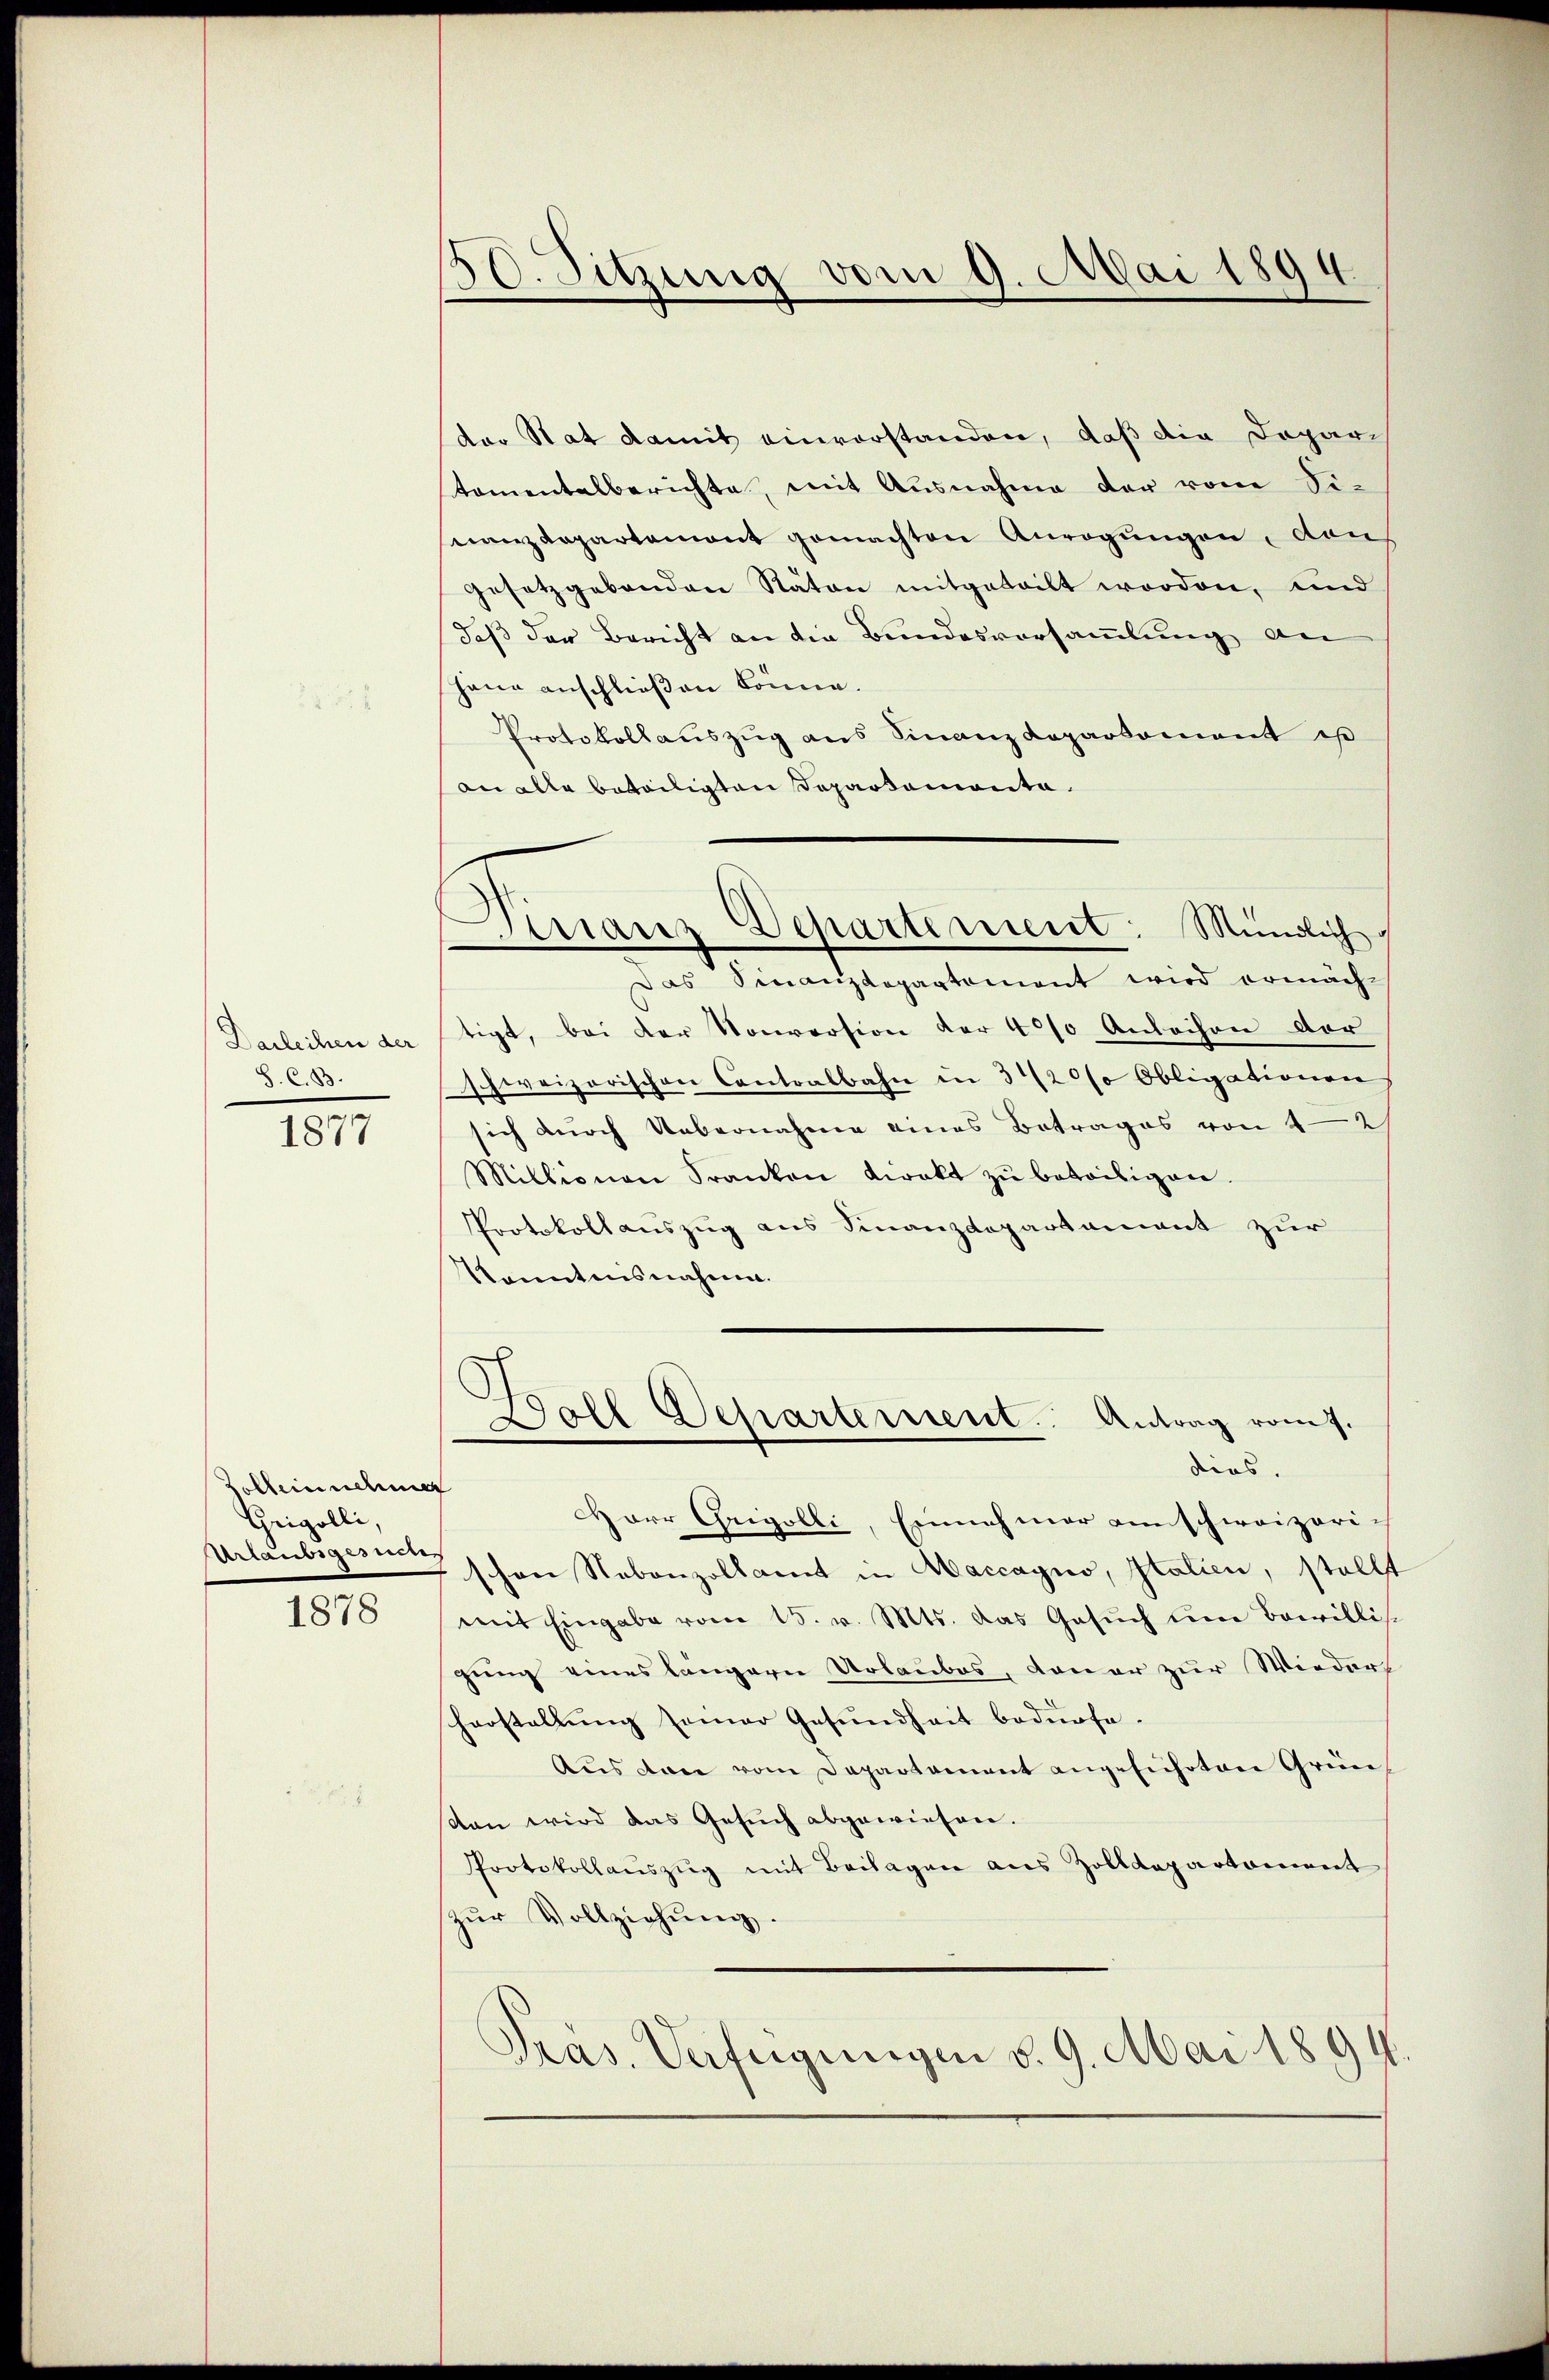
Darleihen der
S. C. B.

1877

Zollein nehmen
Crigolli,
Urlaubiges mich

1878

¬
50. Sitzung vom 9. Mai 189
d

der Stat damit einverstanden, daß die Depari
tomentalberichte, mit Ausnahme der von Sinanzdepartemont gemachten Anregungen, dan
gesetzgebenden Stäten mitgeteilt worden, und
daß der Bericht an die Bundesversammlung an
hane anschließen könne.
Protokollauszug aus Finanz Kaparkoment is
an alle beteiligten Departemonte.
Das Finanzdepartement wird ermächtigt, bei der Konversion der 400 Anleihen der
schweizerischen Contralbahn in 3/20% Obligationen
sich durch Uebernahme eines Betrages von 42
Millionen Franken Kiakt zŭ beteiligen.
Protokollauszug aus Finanzdepartament zur
Konntensnahme.
Ball Departement. Antrag vom 7.
dens.
Herr Grigolli, Einnahmer einschweizerich
schon Nebenzollamt in Maccagno, Italien, stellt
mit Eingabe vom 15. v. Mts. das Gesŭch ŭm Bewillis.
gung eines längern Urlaubes, dauer zur Wiederse
herstellung seiner Gesundheit bedürfe.
Aŭs den vom Departament angesichten Grün-
ston wird das Gesŭch abgewiesen.
Protokollaŭszŭg mit Beilagen aus Zolldepartement
zŭr Vollziehŭng.
Präs. Verfügungen d. 9. Mai 1894

Girranz Departement: Mündlich